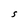
Character: S